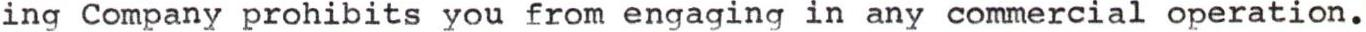
ing Company prohibits you from engaging in any commercial operation.